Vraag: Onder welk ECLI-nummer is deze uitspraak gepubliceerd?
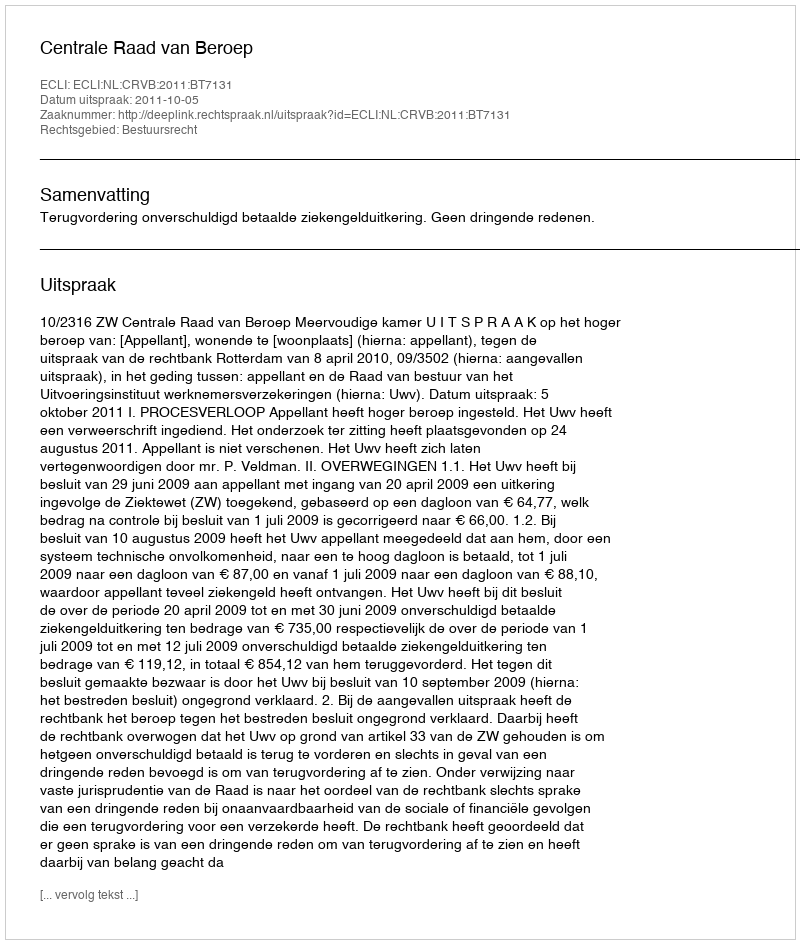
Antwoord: ECLI:NL:CRVB:2011:BT7131